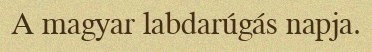
A magyar labdarúgás napja.